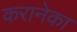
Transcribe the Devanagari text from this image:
करानेका